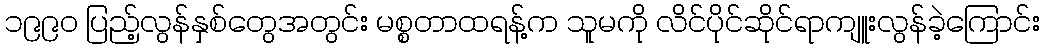
၁၉၉၀ ပြည့်လွန်နှစ်တွေအတွင်း မစ္စတာထရန့်က သူမကို လိင်ပိုင်ဆိုင်ရာကျူးလွန်ခဲ့ကြောင်း